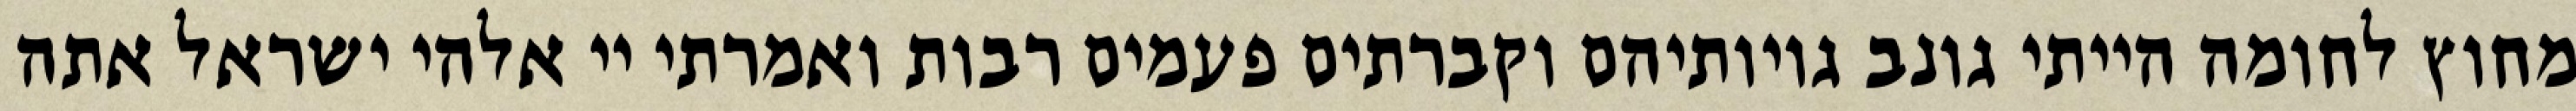
מחוץ לחומה הייתי גונב גויותיהם וקברתים פעמים רבות ואמרתי יי אלהי ישראל אתה